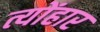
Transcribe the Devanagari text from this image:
त्योंहार